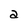
Character: a